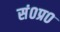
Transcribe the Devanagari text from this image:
सं०प्र०